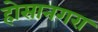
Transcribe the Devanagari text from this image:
होसानगरा